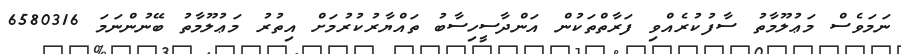
ނަމަވެސް މަޢުލޫމާތު ސާފުކުރެއްވި ފަރާތްތަކުން އަންދާސީހިސާބު ތައްޔާރުކުރުމަށް އިތުރު މަޢުލޫމާތު ބޭނުންނަމަ 6580316